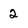
Character: 2